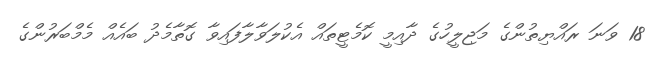
18 ވަނަ ރައްޔިތުންގެ މަޖިލީހުގެ ދާއިމީ ކޮމެޓީތައް އެކުލަވާލާފައިވާ ގޮތާމެދު ބައެއް މެމްބަރުންގެ